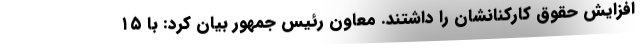
افزایش حقوق کارکنانشان را داشتند. معاون رئیس جمهور بیان کرد: با ۱۵